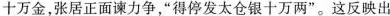
十万金，张居正面谏力争，“得停发太仓银十万两”。这反映出